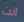
انت